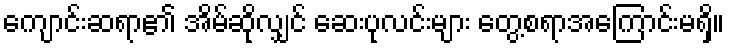
ကျောင်းဆရာ၏ အိမ်ဆိုလျှင် ဆေးပုလင်းများ တွေ့စရာအကြောင်းမရှိ။